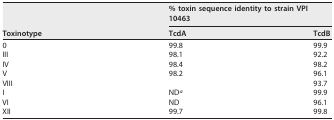
<table><thead><tr><td rowspan="2"><b>Toxinotype</b></td><td colspan="2"><b>% toxin sequence identity to strain VPI 10463</b></td></tr><tr><td><b>TcdA</b></td><td><b>TcdB</b></td></tr></thead><tbody><tr><td>0</td><td>99.8</td><td>99.9</td></tr><tr><td>III</td><td>98.1</td><td>92.2</td></tr><tr><td>IV</td><td>98.4</td><td>98.2</td></tr><tr><td>V</td><td>98.2</td><td>96.1</td></tr><tr><td>VIII</td><td></td><td>93.7</td></tr><tr><td>I</td><td>ND<sup><i>a</i></sup></td><td>99.9</td></tr><tr><td>VI</td><td>ND</td><td>96.1</td></tr><tr><td>XII</td><td>99.7</td><td>99.8</td></tr></tbody></table>